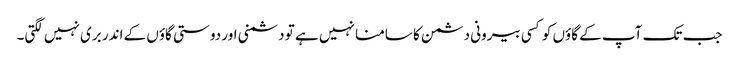
جب تک آپ کے گاؤں کو کسی بیرونی دشمن کا سامنا نہیں ہے تو دشمنی اور دوستی گاؤں کے اندر بری نہیں لگتی۔